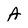
Character: A